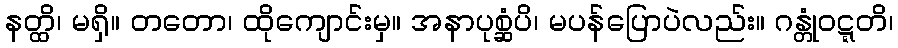
နတ္ထိ၊ မရှိ။ တတော၊ ထိုကျောင်းမှ။ အနာပုစ္ဆံပိ၊ မပန်ပြောပဲလည်း။ ဂန္တုံဝဋ္ဋတိ၊